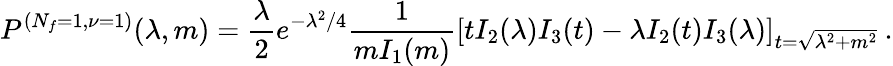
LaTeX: P^{(N_{f}=1,\nu=1)}(\lambda,m)=\frac{\lambda}{2}e^{-\lambda^{2}/4}\frac{1}{mI_{1}(m)}\left[tI_{2}(\lambda)I_{3}(t)-\lambda I_{2}(t)I_{3}(\lambda)\right]_{t=\sqrt{\lambda^{2}+m^{2}}}\: .